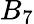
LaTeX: B_{7}